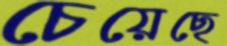
চেয়েছে